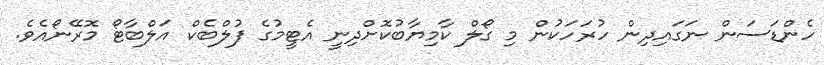
ހެންޑަސަން ނަގައިދިން ހުރަހަކުން މި ގޯލް ކާމިޔާބުކޮށްދިނީ އެޓީމުގެ ފުލްބެކް އަލްބާޓޯ މޮރޭނޯއެވެ.